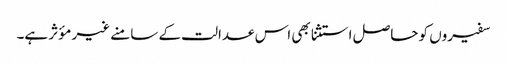
سفیروں کو حاصل استثنا بھی اس عدالت کے سامنے غیر مؤثر ہے۔